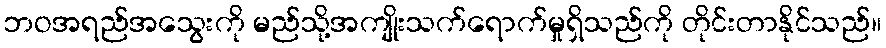
ဘဝအရည်အသွေးကို မည်သို့အကျိုးသက်ရောက်မှုရှိသည်ကို တိုင်းတာနိုင်သည်။